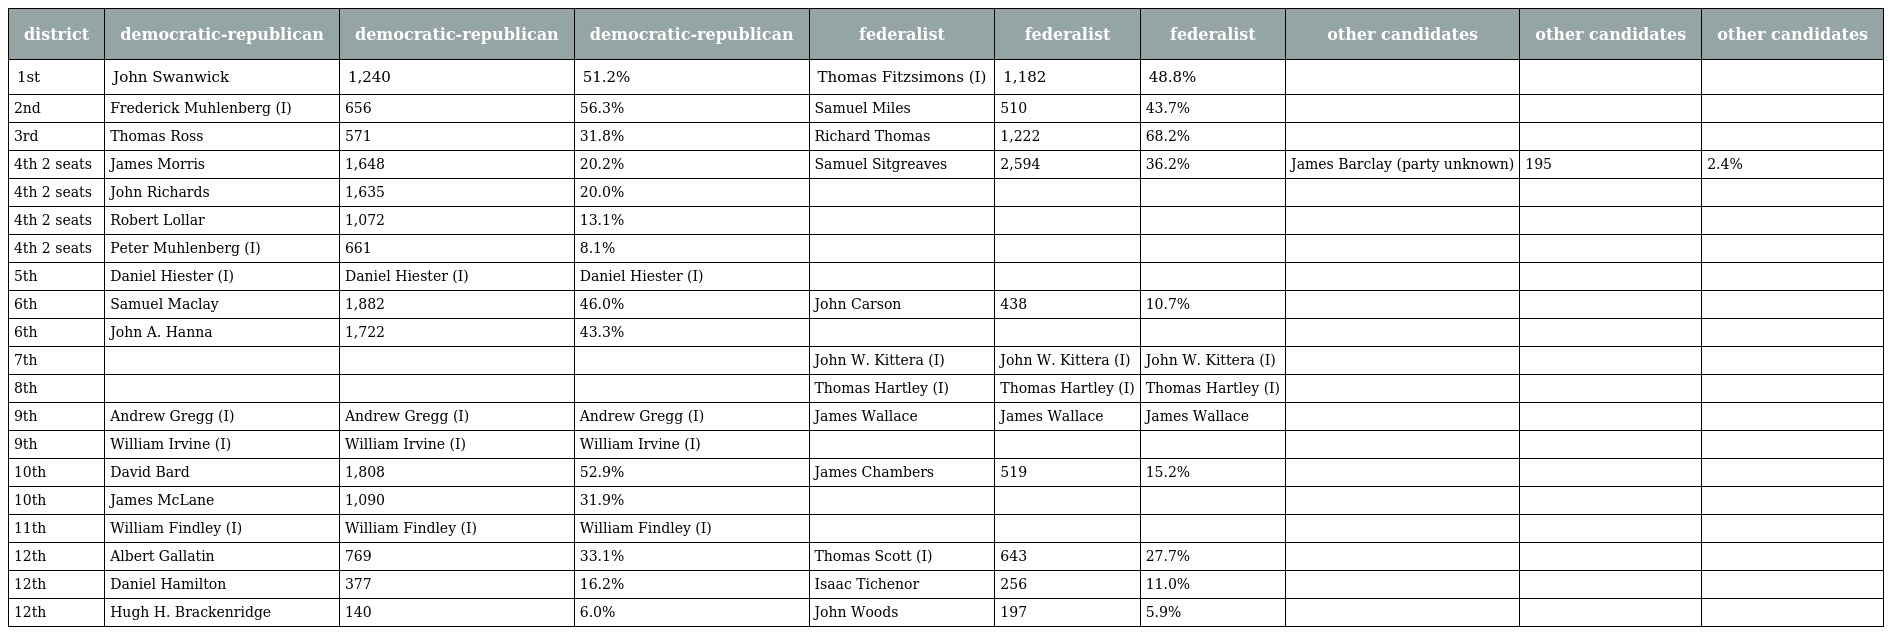
| district | democratic-republican | democratic-republican | democratic-republican | federalist | federalist | federalist | other candidates | other candidates | other candidates |
 | --- | --- | --- | --- | --- | --- | --- | --- | --- | --- |
 | 1st | John Swanwick | 1,240 | 51.2% | Thomas Fitzsimons (I) | 1,182 | 48.8% |  |  |  |
 | 2nd | Frederick Muhlenberg (I) | 656 | 56.3% | Samuel Miles | 510 | 43.7% |  |  |  |
 | 3rd | Thomas Ross | 571 | 31.8% | Richard Thomas | 1,222 | 68.2% |  |  |  |
 | 4th 2 seats | James Morris | 1,648 | 20.2% | Samuel Sitgreaves | 2,594 | 36.2% | James Barclay (party unknown) | 195 | 2.4% |
 | 4th 2 seats | John Richards | 1,635 | 20.0% |  |  |  |  |  |  |
 | 4th 2 seats | Robert Lollar | 1,072 | 13.1% |  |  |  |  |  |  |
 | 4th 2 seats | Peter Muhlenberg (I) | 661 | 8.1% |  |  |  |  |  |  |
 | 5th | Daniel Hiester (I) | Daniel Hiester (I) | Daniel Hiester (I) |  |  |  |  |  |  |
 | 6th | Samuel Maclay | 1,882 | 46.0% | John Carson | 438 | 10.7% |  |  |  |
 | 6th | John A. Hanna | 1,722 | 43.3% |  |  |  |  |  |  |
 | 7th |  |  |  | John W. Kittera (I) | John W. Kittera (I) | John W. Kittera (I) |  |  |  |
 | 8th |  |  |  | Thomas Hartley (I) | Thomas Hartley (I) | Thomas Hartley (I) |  |  |  |
 | 9th | Andrew Gregg (I) | Andrew Gregg (I) | Andrew Gregg (I) | James Wallace | James Wallace | James Wallace |  |  |  |
 | 9th | William Irvine (I) | William Irvine (I) | William Irvine (I) |  |  |  |  |  |  |
 | 10th | David Bard | 1,808 | 52.9% | James Chambers | 519 | 15.2% |  |  |  |
 | 10th | James McLane | 1,090 | 31.9% |  |  |  |  |  |  |
 | 11th | William Findley (I) | William Findley (I) | William Findley (I) |  |  |  |  |  |  |
 | 12th | Albert Gallatin | 769 | 33.1% | Thomas Scott (I) | 643 | 27.7% |  |  |  |
 | 12th | Daniel Hamilton | 377 | 16.2% | Isaac Tichenor | 256 | 11.0% |  |  |  |
 | 12th | Hugh H. Brackenridge | 140 | 6.0% | John Woods | 197 | 5.9% |  |  |  |